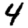
Digit: 4